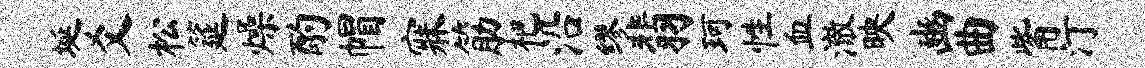
埏爻松筵燥酌帽寐筋杷沿缪翡珂性血澈映豳曲觜汀